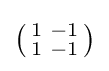
\left({\begin{smallmatrix}1&-1\\1&-1\end{smallmatrix}}\right)